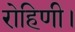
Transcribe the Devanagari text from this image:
रोहिणी।